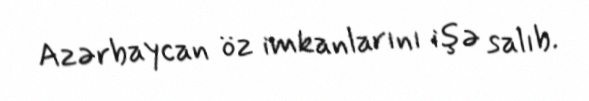
Azərbaycan öz imkanlarını işə salıb.